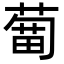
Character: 𦹣